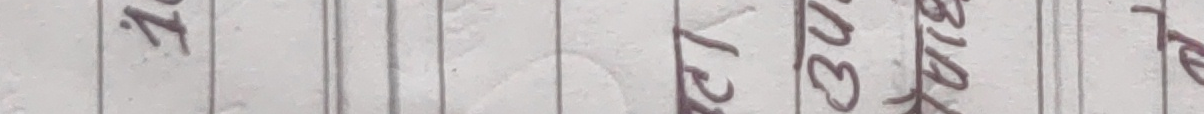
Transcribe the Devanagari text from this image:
३। ०२३ साल